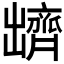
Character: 𪗊